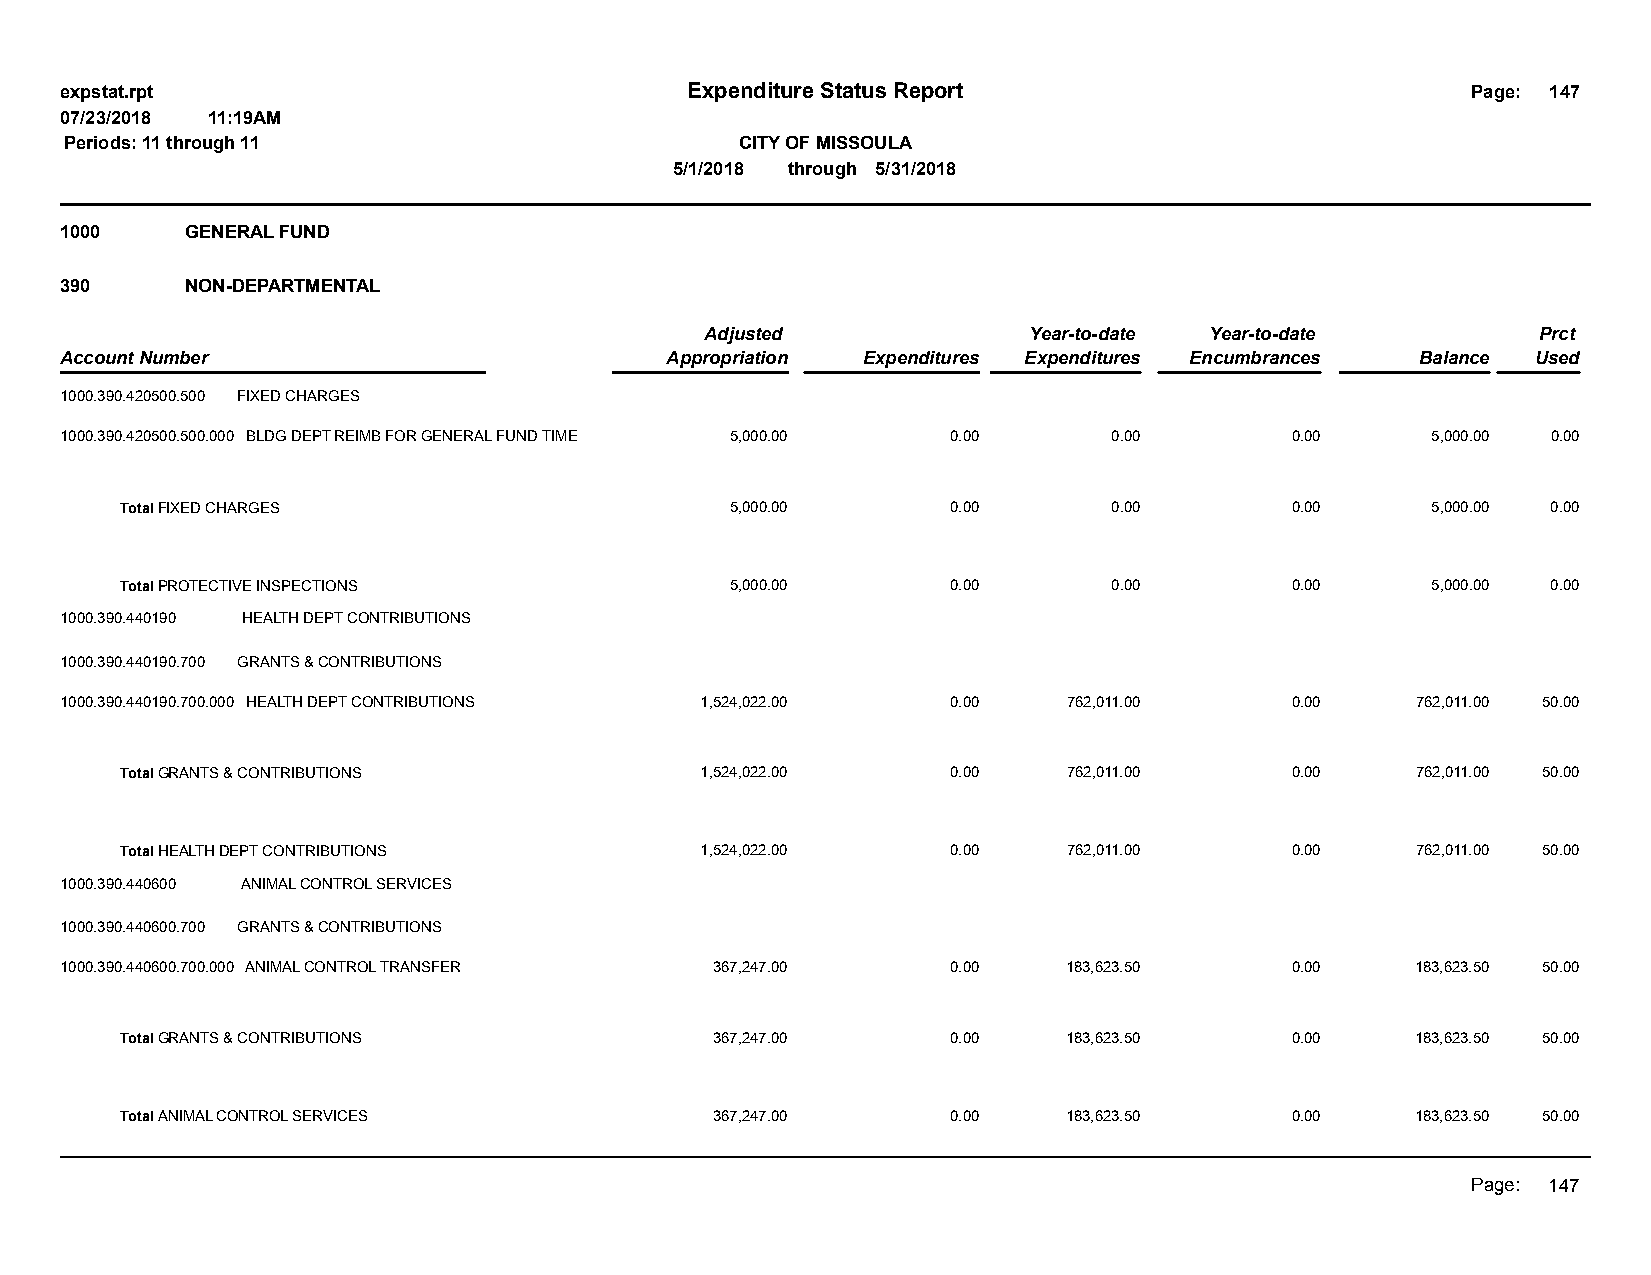
expstat.rpt                              Expenditure Status Report                           Page: 147
 07/23/2018 11:19AM
 Periods: 11 through 11                       CITY OF MISSOULA
 5/1/2018 through 5/31/2018
 1000    GENERAL FUND
 390     NON-DEPARTMENTAL
 Adjusted             Year-to-date Year-to-date         Prct
 Account Number                          Appropriation Expenditures Expenditures Encumbrances Balance Used
 1000.390.420500.500 FIXED CHARGES
 1000.390.420500.500.000 BLDG DEPT REIMB FOR GENERAL FUND TIME 5,000.00 0.00 0.00 0.00      5,000.00 0.00
 Total FIXED CHARGES                     5,000.00       0.00       0.00       0.00      5,000.00 0.00
 Total PROTECTIVE INSPECTIONS            5,000.00       0.00       0.00       0.00      5,000.00 0.00
 1000.390.440190 HEALTH DEPT CONTRIBUTIONS
 1000.390.440190.700 GRANTS & CONTRIBUTIONS
 1000.390.440190.700.000 HEALTH DEPT CONTRIBUTIONS 1,524,022.00 0.00 762,011.00   0.00     762,011.00 50.00
 Total GRANTS & CONTRIBUTIONS          1,524,022.00     0.00    762,011.00    0.00     762,011.00 50.00
 Total HEALTH DEPT CONTRIBUTIONS       1,524,022.00     0.00    762,011.00    0.00     762,011.00 50.00
 1000.390.440600 ANIMAL CONTROL SERVICES
 1000.390.440600.700 GRANTS & CONTRIBUTIONS
 1000.390.440600.700.000 ANIMAL CONTROL TRANSFER 367,247.00 0.00    183,623.50    0.00     183,623.50 50.00
 Total GRANTS & CONTRIBUTIONS           367,247.00      0.00    183,623.50    0.00     183,623.50 50.00
 Total ANIMAL CONTROL SERVICES          367,247.00      0.00    183,623.50    0.00     183,623.50 50.00
 Page: 147